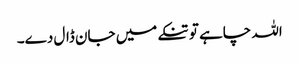
اللہ چاہے تو تنکے میں جان ڈال دے۔